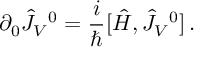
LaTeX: \partial _ { 0 } \hat { J } _ { V } { } ^ { 0 } = { \frac { i } { \hbar } } [ \hat { H } , \hat { J } _ { V } { } ^ { 0 } ] \, .